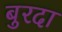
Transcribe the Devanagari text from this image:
बुरदा